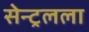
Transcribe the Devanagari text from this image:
सेन्ट्रलला